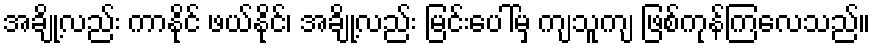
အချို့လည်း ကာနိုင် ဖယ်နိုင်၊ အချို့လည်း မြင်းပေါ်မှ ကျသူကျ ဖြစ်ကုန်ကြလေသည်။